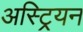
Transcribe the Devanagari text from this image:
अस्ट्रियन